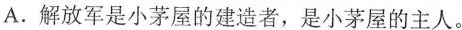
A.解放军是小茅屋的建造者，是小茅屋的主人。